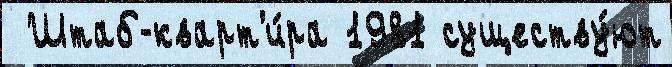
 Штаб-кварт'и́ра 1981 существу́ют